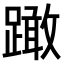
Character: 𨅺